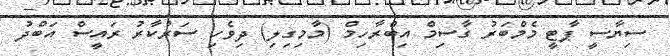
ސިޔާސީ ޕާޓީ މެމްބަރު ގާސިމް އިބްރާހިމް (މާމިގިލި) ދިވެހި ސަރުކާރު ރައީސް އަބްދު